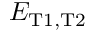
\ensuremath { { \cal E } } _ { \mathrm { T 1 , T 2 } }